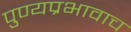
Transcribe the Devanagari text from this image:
पुण्यप्रभावाच